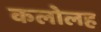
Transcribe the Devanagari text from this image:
कलोलह